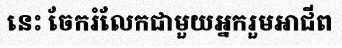
នេះ ចែករំលែកជាមួយអ្នករួមអាជីព